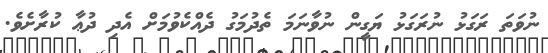
ނުވަތަ ރަގަޅު ނުރަގަޅު ޔަގީން ނުވާނަމަ ތެދުމަގު ދެއްކެވުމަށް އެދި ދުޢާ ކުރާށެވެ.